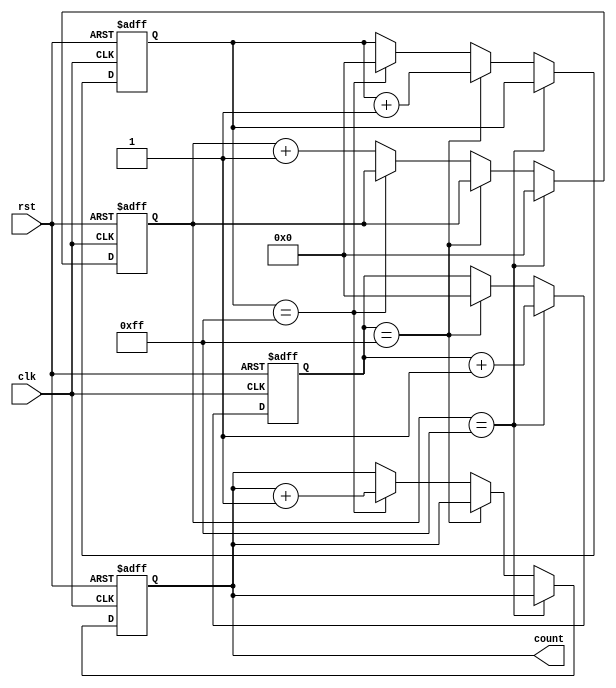
module cascaded_counter (
    input wire clk,
    input wire rst,
    output reg [7:0] count
);

reg [7:0] count_1, count_2, count_3;

always @(posedge clk or posedge rst) begin
    if (rst) begin
        count_1 <= 8'b0;
        count_2 <= 8'b0;
        count_3 <= 8'b0;
        count <= 8'b0;
    end else begin
        if (count_1 == 8'd255) begin
            count_1 <= 8'b0;
            count_2 <= count_2 + 1;
        end else if (count_2 == 8'd255) begin
            count_2 <= 8'b0;
            count_3 <= count_3 + 1;
        end else if (count_3 == 8'd255) begin
            count_3 <= 8'b0;
            count <= count + 1;
        end else begin
            count_1 <= count_1 + 1;
        end
    end
end

endmodule